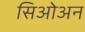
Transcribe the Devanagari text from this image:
सिओअन